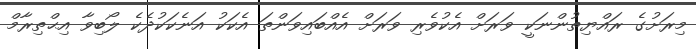
މިރަށުގެ ރައްޔިތުންނަކީ ވަރަށް އެކުވެރި ވަރަށް އެއްބައިވަންތަ އެކަކު އަނެކަކުދެކެ ލޯބިވާ އިޙްތިރާމް